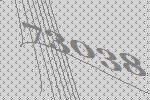
73038